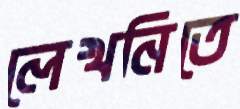
লেখনিতে